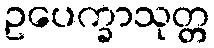
ဥပေက္ခာသုတ္တ